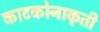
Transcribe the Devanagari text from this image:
काटकोनाकृती